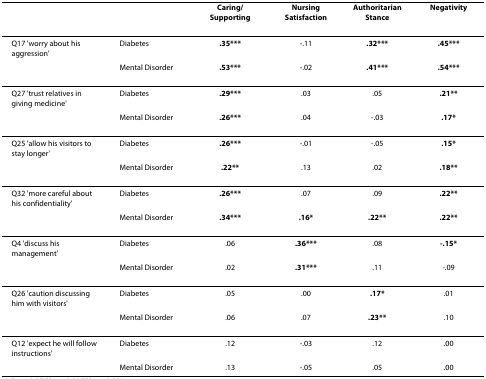
<table><thead><tr><td></td><td></td><td><b>Caring/Supporting</b></td><td><b>Nursing Satisfaction</b></td><td><b>Authoritarian Stance</b></td><td><b>Negativity</b></td></tr></thead><tbody><tr><td>Q17 &#x27;worry about his aggression&#x27;</td><td>Diabetes</td><td><b>.35***</b></td><td>-.11</td><td><b>.32***</b></td><td><b>.45***</b></td></tr><tr><td></td><td>Mental Disorder</td><td><b>.53***</b></td><td>-.02</td><td><b>.41***</b></td><td><b>.54***</b></td></tr><tr><td>Q27 &#x27;trust relatives in giving medicine&#x27;</td><td>Diabetes</td><td><b>.29***</b></td><td>.03</td><td>.05</td><td><b>.21**</b></td></tr><tr><td></td><td>Mental Disorder</td><td><b>.26***</b></td><td>.04</td><td>-.03</td><td><b>.17*</b></td></tr><tr><td>Q25 &#x27;allow his visitors to stay longer&#x27;</td><td>Diabetes</td><td><b>.26***</b></td><td>-.01</td><td>-.05</td><td><b>.15*</b></td></tr><tr><td></td><td>Mental Disorder</td><td><b>.22**</b></td><td>.13</td><td>.02</td><td><b>.18**</b></td></tr><tr><td>Q32 &#x27;more careful about his confidentiality&#x27;</td><td>Diabetes</td><td><b>.26***</b></td><td>.07</td><td>.09</td><td><b>.22**</b></td></tr><tr><td></td><td>Mental Disorder</td><td><b>.34***</b></td><td><b>.16*</b></td><td><b>.22**</b></td><td><b>.22**</b></td></tr><tr><td>Q4 &#x27;discuss his management&#x27;</td><td>Diabetes</td><td>.06</td><td><b>.36***</b></td><td>.08</td><td><b>-.15*</b></td></tr><tr><td></td><td>Mental Disorder</td><td>.02</td><td><b>.31***</b></td><td>.11</td><td>-.09</td></tr><tr><td>Q26 &#x27;caution discussing him with visitors&#x27;</td><td>Diabetes</td><td>.05</td><td>.00</td><td><b>.17*</b></td><td>.01</td></tr><tr><td></td><td>Mental Disorder</td><td>.06</td><td>.07</td><td><b>.23**</b></td><td>.10</td></tr><tr><td>Q12 &#x27;expect he will follow instructions&#x27;</td><td>Diabetes</td><td>.12</td><td>-.03</td><td>.12</td><td>.00</td></tr><tr><td></td><td>Mental Disorder</td><td>.13</td><td>-.05</td><td>.05</td><td>.00</td></tr></tbody></table>